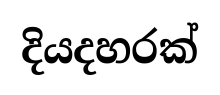
දියදහරක්